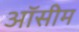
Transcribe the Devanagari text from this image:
ऑसीम